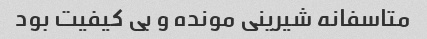
متاسفانه شیرینی مونده و بی کیفیت بود